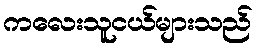
ကလေးသူငယ်များသည်